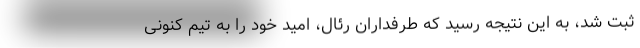
ثبت شد، به این نتیجه رسید که طرفداران رئال، امید خود را به تیم کنونی